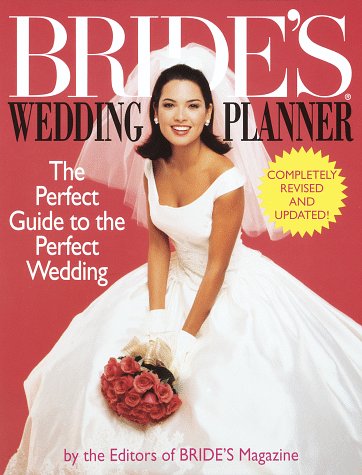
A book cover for Bride's Wedding Planner: The Perfect Guide to the Perfect Wedding; Brides' Magazine Editors; Crafts, Hobbies & Home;